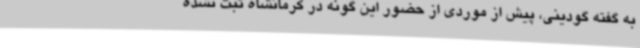
به گفته گودینی، پیش از موردی از حضور این گونه در کرمانشاه ثبت نشده